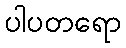
ပါပတရော